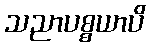
သညာပစ္စယာပိ